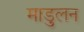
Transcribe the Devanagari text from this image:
माडुलन